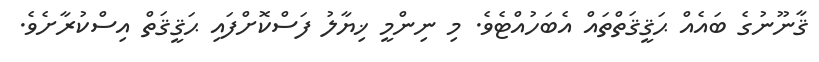
ޤާނޫނުގެ ބައެއް ޙަޤީޤަތްތައް އެބަހުއްޓެވެ. މި ނިންމީ ޚިޔާލު ފަސްކޮށްފައި ޙަޤީޤަތް އިސްކުރާށެވެ.